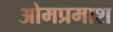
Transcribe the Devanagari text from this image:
ओमप्रमाश